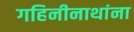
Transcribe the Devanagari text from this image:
गहिनीनाथांना